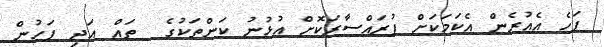
ފަހެ އެއުރެން އެކަމަކަށް ފުރައްސާރަކޮށް އުޅުނު ކަންތަކުގެ  ތައް އަދި ފަހުން